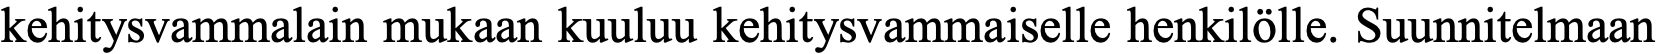
kehitysvammalain mukaan kuuluu kehitysvammaiselle henkilölle. Suunnitelmaan